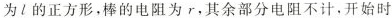
为l的正方形，棒的电阻为r，其余部分电阻不计，开始时